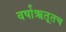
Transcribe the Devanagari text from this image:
वर्षाऋतूतच